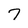
Character: 7